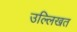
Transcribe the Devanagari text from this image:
उल्लिखत